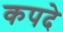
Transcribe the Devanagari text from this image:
कपदे